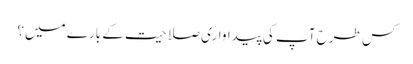
کس طرح آپ کی پیداواری صلاحیت کے بارے میں؟